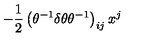
- \frac { 1 } { 2 } \left( \theta ^ { - 1 } \delta \theta \theta ^ { - 1 } \right) _ { i j } x ^ { j }